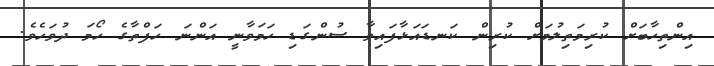
އިންތިހާބަށް ކުރިމަތިލުމަށް ކުރިން ކަނޑައަޅާފައިވާ ސުންގަޑި ހަމަވާނީ އަންނަ ހަފްތާގެ ހޯމަ ދުވަހެވެ.